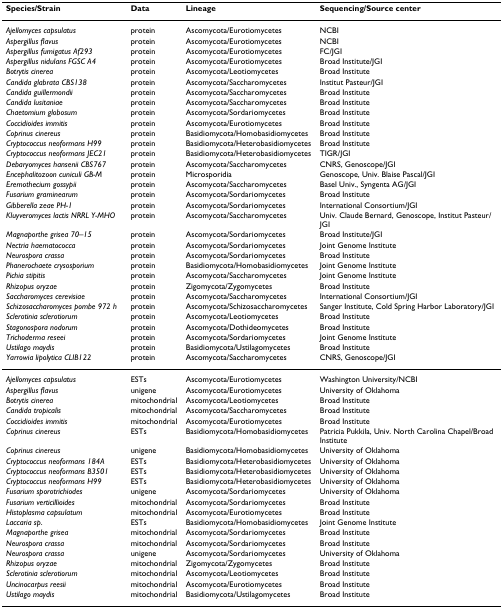
<table><thead><tr><td><b>Species/Strain</b></td><td><b>Data</b></td><td><b>Lineage</b></td><td><b>Sequencing/Source center</b></td></tr></thead><tbody><tr><td><i>Ajellomyces capsulatus</i></td><td>protein</td><td>Ascomycota/Eurotiomycetes</td><td>NCBI</td></tr><tr><td><i>Aspergillus flavus</i></td><td>protein</td><td>Ascomycota/Eurotiomycetes</td><td>NCBI</td></tr><tr><td><i>Aspergillus fumigatus Af293</i></td><td>protein</td><td>Ascomycota/Eurotiomycetes</td><td>FC/JGI</td></tr><tr><td><i>Aspergillus nidulans FGSC A4</i></td><td>protein</td><td>Ascomycota/Eurotiomycetes</td><td>Broad Institute/JGI</td></tr><tr><td><i>Botrytis cinerea</i></td><td>protein</td><td>Ascomycota/Leotiomycetes</td><td>Broad Institute</td></tr><tr><td><i>Candida glabrata CBS138</i></td><td>protein</td><td>Ascomycota/Saccharomycetes</td><td>Institut Pasteur/JGI</td></tr><tr><td><i>Candida guillermondii</i></td><td>protein</td><td>Ascomycota/Saccharomycetes</td><td>Broad Institute</td></tr><tr><td><i>Candida lusitaniae</i></td><td>protein</td><td>Ascomycota/Saccharomycetes</td><td>Broad Institute</td></tr><tr><td><i>Chaetomium globosum</i></td><td>protein</td><td>Ascomycota/Sordariomycetes</td><td>Broad Institute</td></tr><tr><td><i>Coccidioides immitis</i></td><td>protein</td><td>Ascomycota/Eurotiomycetes</td><td>Broad Institute</td></tr><tr><td><i>Coprinus cinereus</i></td><td>protein</td><td>Basidiomycota/Homobasidiomycetes</td><td>Broad Institute</td></tr><tr><td><i>Cryptococcus neoformans H99</i></td><td>protein</td><td>Basidiomycota/Heterobasidiomycetes</td><td>Broad Institute</td></tr><tr><td><i>Cryptococcus neoformans JEC21</i></td><td>protein</td><td>Basidiomycota/Heterobasidiomycetes</td><td>TIGR/JGI</td></tr><tr><td><i>Debaryomyces hansenii CBS767</i></td><td>protein</td><td>Ascomycota/Saccharomycetes</td><td>CNRS, Genoscope/JGI</td></tr><tr><td><i>Encephalitozoon cuniculi GB-M</i></td><td>protein</td><td>Microsporidia</td><td>Genoscope, Univ. Blaise Pascal/JGI</td></tr><tr><td><i>Eremothecium gossypii</i></td><td>protein</td><td>Ascomycota/Saccharomycetes</td><td>Basel Univ., Syngenta AG/JGI</td></tr><tr><td><i>Fusarium graminearum</i></td><td>protein</td><td>Ascomycota/Sordariomycetes</td><td>Broad Institute</td></tr><tr><td><i>Gibberella zeae PH-1</i></td><td>protein</td><td>Ascomycota/Sordariomycetes</td><td>International Consortium/JGI</td></tr><tr><td><i>Kluyveromyces lactis NRRL Y-MHO</i></td><td>protein</td><td>Ascomycota/Saccharomycetes</td><td>Univ. Claude Bernard, Genoscope, Institut Pasteur/JGI</td></tr><tr><td><i>Magnaporthe grisea 70–15</i></td><td>protein</td><td>Ascomycota/Sordariomycetes</td><td>Broad Institute/JGI</td></tr><tr><td><i>Nectria haematococca</i></td><td>protein</td><td>Ascomycota/Sordariomycetes</td><td>Joint Genome Institute</td></tr><tr><td><i>Neurospora crassa</i></td><td>protein</td><td>Ascomycota/Sordariomycetes</td><td>Broad Institute</td></tr><tr><td><i>Phanerochaete crysosporium</i></td><td>protein</td><td>Basidiomycota/Homobasidiomycetes</td><td>Joint Genome Institute</td></tr><tr><td><i>Pichia stipitis</i></td><td>protein</td><td>Ascomycota/Saccharomycetes</td><td>Joint Genome Institute</td></tr><tr><td><i>Rhizopus oryzae</i></td><td>protein</td><td>Zigomycota/Zygomycetes</td><td>Broad Institute</td></tr><tr><td><i>Saccharomyces cerevisiae</i></td><td>protein</td><td>Ascomycota/Saccharomycetes</td><td>International Consortium/JGI</td></tr><tr><td><i>Schizosaccharomyces pombe 972 h</i></td><td>protein</td><td>Ascomycota/Schizosaccharomycetes</td><td>Sanger Institute, Cold Spring Harbor Laboratory/JGI</td></tr><tr><td><i>Sclerotinia sclerotiorum</i></td><td>protein</td><td>Ascomycota/Leotiomycetes</td><td>Broad Institute</td></tr><tr><td><i>Stagonospora nodorum</i></td><td>protein</td><td>Ascomycota/Dothideomycetes</td><td>Broad Institute</td></tr><tr><td><i>Trichoderma reseei</i></td><td>protein</td><td>Ascomycota/Sordariomycetes</td><td>Joint Genome Institute</td></tr><tr><td><i>Ustilago maydis</i></td><td>protein</td><td>Basidiomycota/Ustilagomycetes</td><td>Broad Institute</td></tr><tr><td><i>Yarrowia lipolytica CLIB122</i></td><td>protein</td><td>Ascomycota/Saccharomycetes</td><td>CNRS, Genoscope/JGI</td></tr><tr><td><i>Ajellomyces capsulatus</i></td><td>ESTs</td><td>Ascomycota/Eurotiomycetes</td><td>Washington University/NCBI</td></tr><tr><td><i>Aspergillus flavus</i></td><td>unigene</td><td>Ascomycota/Eurotiomycetes</td><td>University of Oklahoma</td></tr><tr><td><i>Botrytis cinerea</i></td><td>mitochondrial</td><td>Ascomycota/Leotiomycetes</td><td>Broad Institute</td></tr><tr><td><i>Candida tropicalis</i></td><td>mitochondrial</td><td>Ascomycota/Saccharomycetes</td><td>Broad Institute</td></tr><tr><td><i>Coccidioides immitis</i></td><td>mitochondrial</td><td>Ascomycota/Eurotiomycetes</td><td>Broad Institute</td></tr><tr><td><i>Coprinus cinereus</i></td><td>ESTs</td><td>Basidiomycota/Homobasidiomycetes</td><td>Patricia Pukkila, Univ. North Carolina Chapel/Broad Institute</td></tr><tr><td><i>Coprinus cinereus</i></td><td>unigene</td><td>Basidiomycota/Homobasidiomycetes</td><td>University of Oklahoma</td></tr><tr><td><i>Cryptococcus neoformans 184A</i></td><td>ESTs</td><td>Basidiomycota/Heterobasidiomycetes</td><td>University of Oklahoma</td></tr><tr><td><i>Cryptococcus neoformans B3501</i></td><td>ESTs</td><td>Basidiomycota/Heterobasidiomycetes</td><td>University of Oklahoma</td></tr><tr><td><i>Cryptococcus neoformans H99</i></td><td>ESTs</td><td>Basidiomycota/Heterobasidiomycetes</td><td>University of Oklahoma</td></tr><tr><td><i>Fusarium sporotrichiodes</i></td><td>unigene</td><td>Ascomycota/Sordariomycetes</td><td>University of Oklahoma</td></tr><tr><td><i>Fusarium verticillioides</i></td><td>mitochondrial</td><td>Ascomycota/Sordariomycetes</td><td>Broad Institute</td></tr><tr><td><i>Histoplasma capsulatum</i></td><td>mitochondrial</td><td>Ascomycota/Eurotiomycetes</td><td>Broad Institute</td></tr><tr><td><i>Laccaria sp</i>.</td><td>ESTs</td><td>Basidiomycota/Homobasidiomycetes</td><td>Joint Genome Institute</td></tr><tr><td><i>Magnaporthe grisea</i></td><td>mitochondrial</td><td>Ascomycota/Sordariomycetes</td><td>Broad Institute</td></tr><tr><td><i>Neurospora crassa</i></td><td>mitochondrial</td><td>Ascomycota/Sordariomycetes</td><td>Broad Institute</td></tr><tr><td><i>Neurospora crassa</i></td><td>unigene</td><td>Ascomycota/Sordariomycetes</td><td>University of Oklahoma</td></tr><tr><td><i>Rhizopus oryzae</i></td><td>mitochondrial</td><td>Zigomycota/Zygomycetes</td><td>Broad Institute</td></tr><tr><td><i>Sclerotinia sclerotiorum</i></td><td>mitochondrial</td><td>Ascomycota/Leotiomycetes</td><td>Broad Institute</td></tr><tr><td><i>Uncinocarpus reesii</i></td><td>mitochondrial</td><td>Ascomycota/Eurotiomycetes</td><td>Broad Institute</td></tr><tr><td><i>Ustilago maydis</i></td><td>mitochondrial</td><td>Basidiomycota/Ustilagomycetes</td><td>Broad Institute</td></tr></tbody></table>